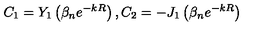
C _ { 1 } = Y _ { 1 } \left( \beta _ { n } e ^ { - k R } \right) , C _ { 2 } = - J _ { 1 } \left( \beta _ { n } e ^ { - k R } \right)